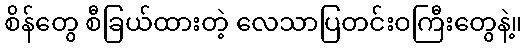
စိန်တွေ စီခြယ်ထားတဲ့ လေသာပြတင်းဝကြီးတွေနဲ့။